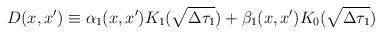
LaTeX: \begin{align*}D(x,x') \equiv \alpha_1(x,x')K_1(\sqrt{\Delta\tau_1})+\beta_1(x,x') K_0(\sqrt{\Delta\tau_1})\end{align*}